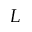
L